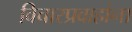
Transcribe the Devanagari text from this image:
विचारप्रवाहांना